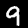
Label: 9